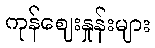
ကုန်ဈေးနှုန်းများ